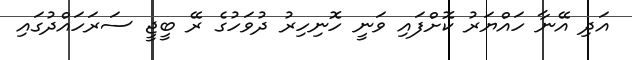
އަދި އޭނާ ހައްޔަރު ކޮށްފައި ވަނީ ހޮނިހިރު ދުވަހުގެ ރޭ ބީޖީ ސަރަހައްދުގައި